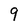
Character: 9